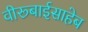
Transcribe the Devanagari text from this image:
वीरूबाईसाहेब